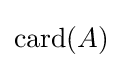
\operatorname {card} (A)